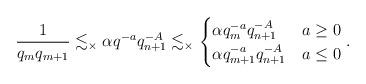
LaTeX: \begin{align*}\frac{1}{q_m q_{m + 1}} \lesssim_\times \alpha q^{-a} q_{n + 1}^{-A} \lesssim_\times \begin{cases}\alpha q_m^{-a} q_{n + 1}^{-A} & a\geq 0\\\alpha q_{m + 1}^{-a} q_{n + 1}^{-A} & a\leq 0\end{cases}.\end{align*}